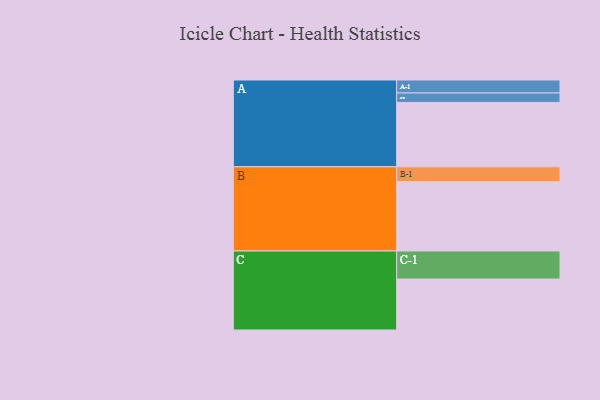
{"axis": {"x": "Segment", "y": "Value"}, "legend": ["", "A", "B", "C"], "data": [{"x": "A", "y": 456, "type": ""}, {"x": "B", "y": 492, "type": ""}, {"x": "C", "y": 361, "type": ""}, {"x": "A-1", "y": 92, "type": "A"}, {"x": "A-2", "y": 67, "type": "A"}, {"x": "B-1", "y": 105, "type": "B"}, {"x": "C-1", "y": 199, "type": "C"}]}